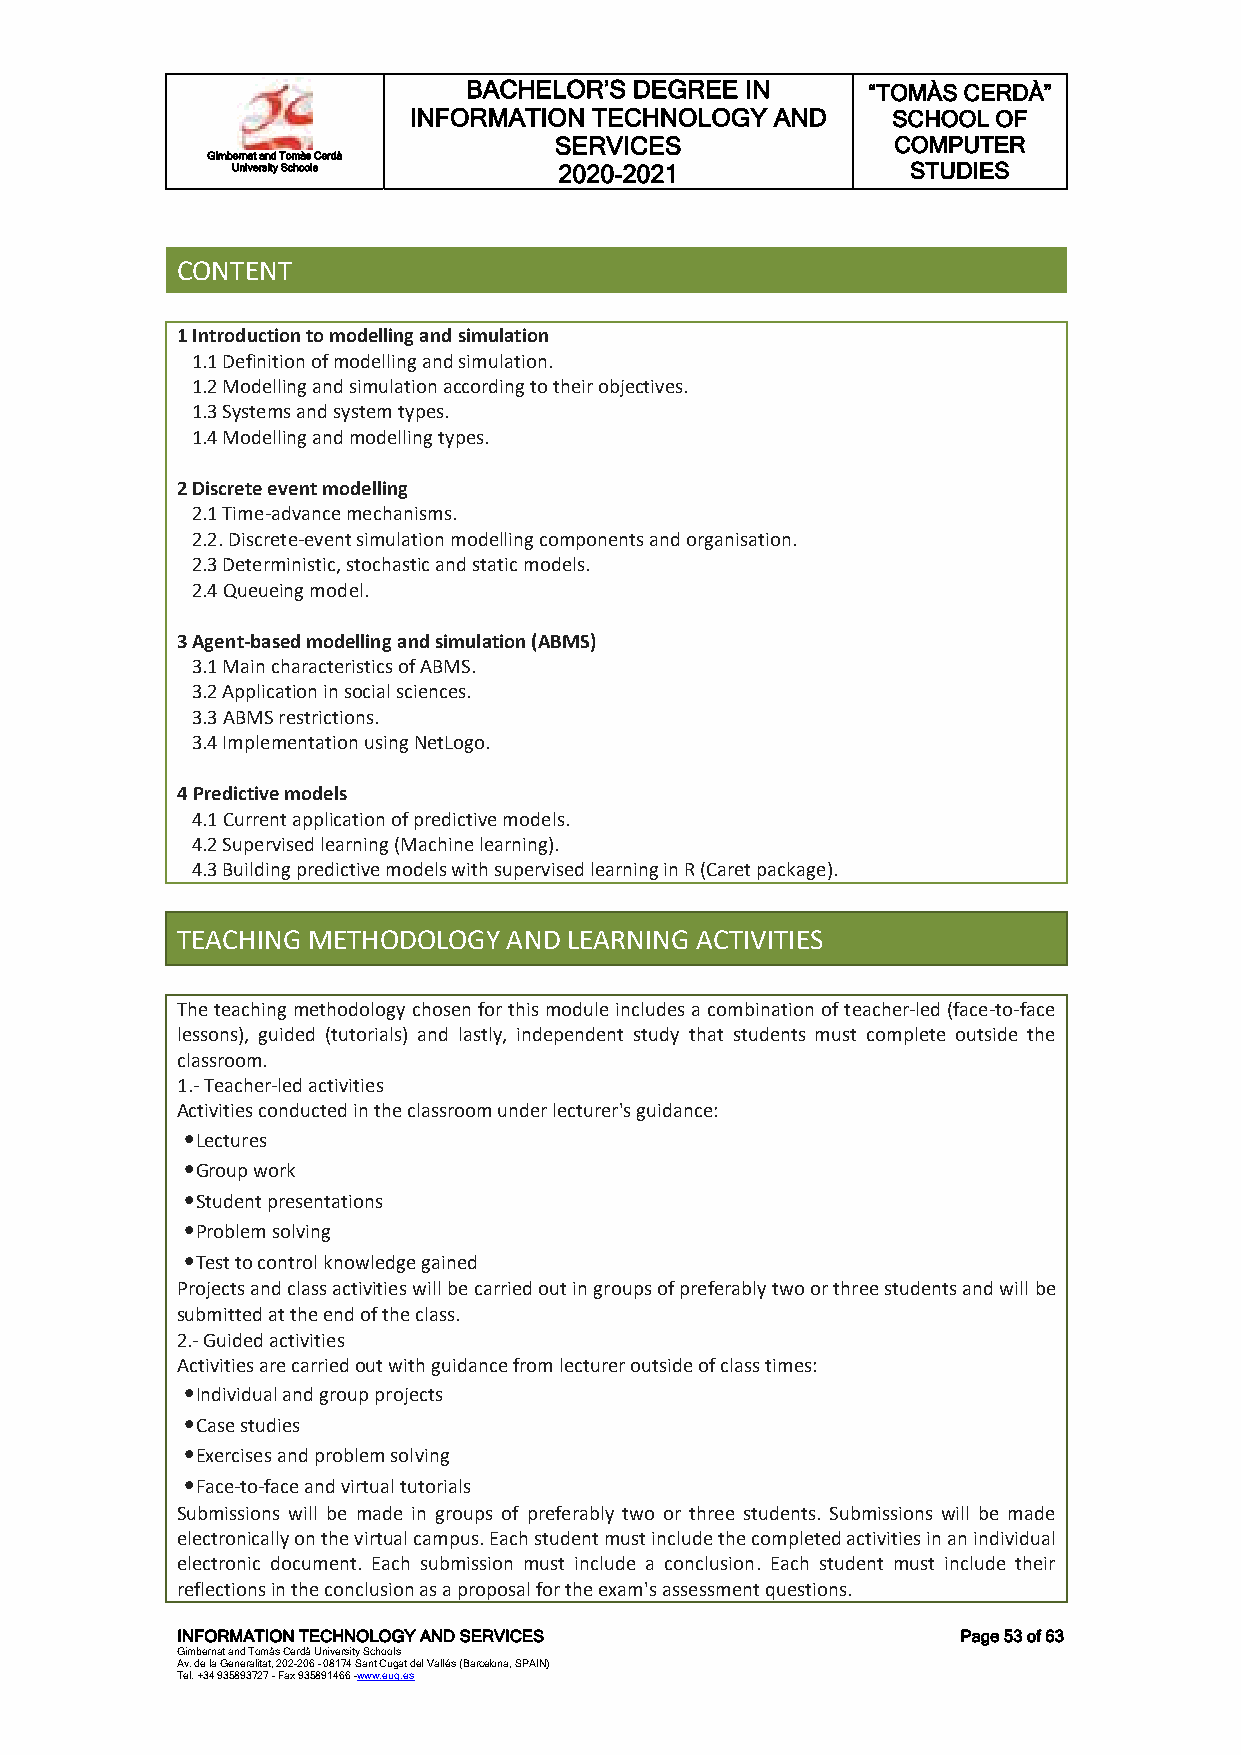
BACHELOR’S DEGREE IN      “TOMÀS CERDÀ”
 INFORMATION TECHNOLOGY  AND     SCHOOL OF
 SERVICES              COMPUTER
 Gimbernat and Tomàs Cerdà
 University Schools    2020-2021              STUDIES
 CONTENT
 1 Introduction to modelling and simulation
 1.1 Definition of modelling and simulation.
 1.2 Modelling and simulation according to their objectives.
 1.3 Systems and system types.
 1.4 Modelling and modelling types.
 2 Discrete event modelling
 2.1 Time-advance mechanisms.
 2.2. Discrete-event simulation modelling components and organisation.
 2.3 Deterministic, stochastic and static models.
 2.4 Queueing model.
 3 Agent-based modelling and simulation (ABMS)
 3.1 Main characteristics of ABMS.
 3.2 Application in social sciences.
 3.3 ABMS restrictions.
 3.4 Implementation using NetLogo.
 4 Predictive models
 4.1 Current application of predictive models.
 4.2 Supervised learning (Machine learning).
 4.3 Building predictive models with supervised learning in R (Caret package).
 TEACHING METHODOLOGY  AND LEARNING ACTIVITIES
 The teaching methodology chosen for this module includes a combination of teacher-led (face-to-face
 lessons), guided (tutorials) and lastly, independent study that students must complete outside the
 classroom.
 1.- Teacher-led activities
 Activities conducted in the classroom under lecturer's guidance:
 •Lectures
 •Group work
 •Student presentations
 •Problem solving
 •Test to control knowledge gained
 Projects and class activities will be carried out in groups of preferably two or three students and will be
 submitted at the end of the class.
 2.- Guided activities
 Activities are carried out with guidance from lecturer outside of class times:
 •Individual and group projects
 •Case studies
 •Exercises and problem solving
 •Face-to-face and virtual tutorials
 Submissions will be made in groups of preferably two or three students. Submissions will be made
 electronically on the virtual campus. Each student must include the completed activities in an individual
 electronic document. Each submission must include a conclusion. Each student must include their
 reflections in the conclusion as a proposal for the exam's assessment questions.
 INFORMATION TECHNOLOGY AND SERVICES                 Page 53 of 63
 Gimbernat and Tomàs Cerdà University Schools
 Av. de la Generalitat, 202-206 - 08174 Sant Cugat del Vallés (Barcelona, SPAIN)
 Tel. +34 935893727 - Fax 935891466 -www.eug.es